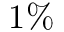
1 \%